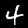
Label: 4